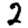
Digit: 2